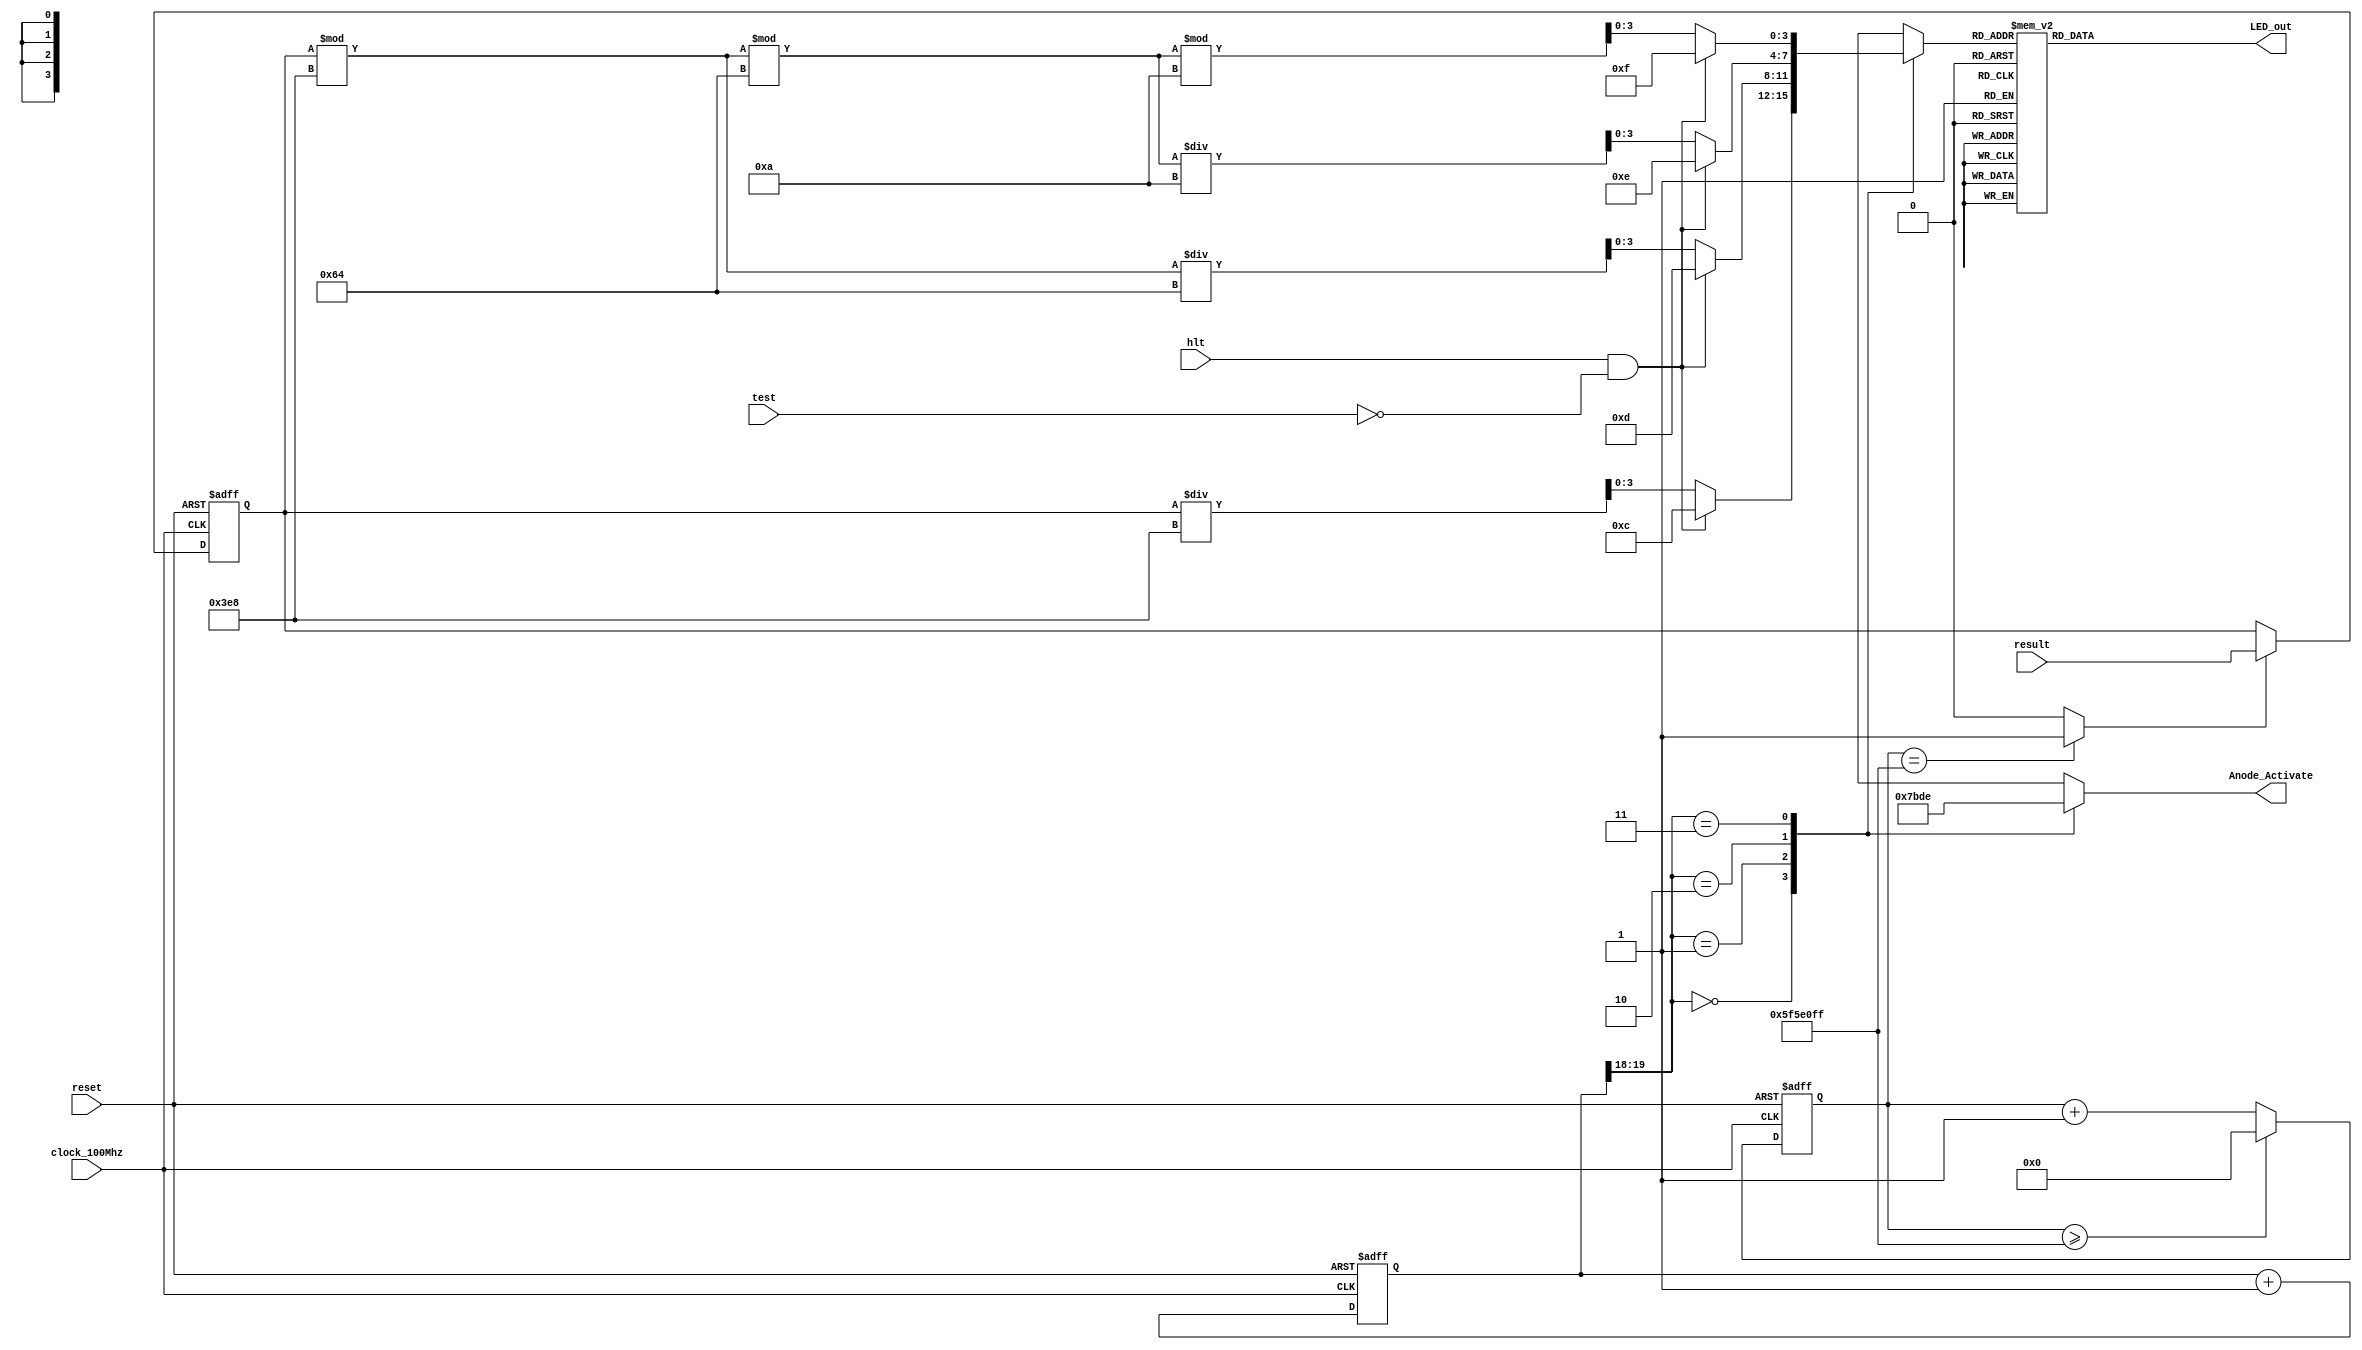
module Seven_segment_LED_Display_Controller(
    input clock_100Mhz, // 100 Mhz clock source on Basys 3 FPGA
    input reset, // reset
    input hlt,test,
    input [31:0] result,
    output reg [3:0] Anode_Activate, // anode signals of the 7-segment LED display
    output reg [6:0] LED_out// cathode patterns of the 7-segment LED display
    );
    reg [26:0] one_second_counter; // counter for generating 1 second clock enable
    wire one_second_enable;// one second enable for counting numbers
    reg [31:0] displayed_number; // counting number to be displayed
    reg [3:0] LED_BCD;
    reg [19:0] refresh_counter; // 20-bit for creating 10.5ms refresh period or 380Hz refresh rate
             // the first 2 MSB bits for creating 4 LED-activating signals with 2.6ms digit period
    wire [1:0] LED_activating_counter; 
                 // count     0    ->  1  ->  2  ->  3
              // activates    LED1    LED2   LED3   LED4
             // and repeat
    always @(posedge clock_100Mhz or posedge reset)
    begin
        if(reset==1)
            one_second_counter <= 0;
        else begin
            if(one_second_counter>=99999999) 
                 one_second_counter <= 0;
            else
                one_second_counter <= one_second_counter + 1;
        end
    end 
    assign one_second_enable = (one_second_counter==99999999)?1:0;
    always @(posedge clock_100Mhz or posedge reset)
    begin
        if(reset==1)
            displayed_number <= 0;
        else if(one_second_enable==1)
            displayed_number <= result;
    end
    always @(posedge clock_100Mhz or posedge reset)
    begin 
        if(reset==1)
            refresh_counter <= 0;
        else
            refresh_counter <= refresh_counter + 1;
    end 
    assign LED_activating_counter = refresh_counter[19:18];
    // anode activating signals for 4 LEDs, digit period of 2.6ms
    // decoder to generate anode signals 
    always @(*)
    begin
        case(LED_activating_counter)
        2'b00: begin
                Anode_Activate = 4'b0111;                           // activate LED1 and Deactivate LED2, LED3, LED4
                LED_BCD = displayed_number/1000;                    // the first digit of the 16-bit number

                if((hlt == 1'b1)&&(test==1'b0))
                   LED_BCD = 4'b1100; // "S" 

              end
        2'b01: begin
                Anode_Activate = 4'b1011;                           // activate LED2 and Deactivate LED1, LED3, LED4
                LED_BCD = (displayed_number % 1000)/100;            // the second digit of the 16-bit number

                if((hlt == 1'b1)&&(test==1'b0))
                   LED_BCD = 4'b1101; // "t" 

              end
        2'b10: begin
                Anode_Activate = 4'b1101;                           // activate LED3 and Deactivate LED2, LED1, LED4
                LED_BCD = ((displayed_number % 1000)%100)/10;       // the third digit of the 16-bit number

                if((hlt == 1'b1)&&(test==1'b0))
                   LED_BCD = 4'b1110; // "o" 

                end
        2'b11: begin
                Anode_Activate = 4'b1110;                           // activate LED4 and Deactivate LED2, LED3, LED1
                LED_BCD = ((displayed_number % 1000)%100)%10;       // the fourth digit of the 16-bit number

                if((hlt == 1'b1)&&(test==1'b0))
                   LED_BCD = 4'b1111; // "P"                
               end
        endcase
    end
    // Cathode patterns of the 7-segment LED display 
    always @(*)
    begin
        case(LED_BCD)
        4'b0000: LED_out = 7'b0000001; // "0"     
        4'b0001: LED_out = 7'b1001111; // "1" 
        4'b0010: LED_out = 7'b0010010; // "2" 
        4'b0011: LED_out = 7'b0000110; // "3" 
        4'b0100: LED_out = 7'b1001100; // "4" 
        4'b0101: LED_out = 7'b0100100; // "5" 
        4'b0110: LED_out = 7'b0100000; // "6" 
        4'b0111: LED_out = 7'b0001111; // "7" 
        4'b1000: LED_out = 7'b0000000; // "8"     
        4'b1001: LED_out = 7'b0000100; // "9"
        4'b1100: LED_out = 7'b0100100; // "S"
        4'b1101: LED_out = 7'b1110000; // "t"
        4'b1110: LED_out = 7'b1100010; // "o"
        4'b1111: LED_out = 7'b0011000; // "P" 
        default: LED_out = 7'b0000001; // "0"
        endcase
    end
 endmodule